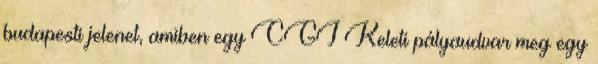
budapesti jelenet, amiben egy CGI Keleti pályaudvar meg egy